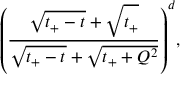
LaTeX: { \left( \frac { \sqrt { t _ { + } - t ^ { \vphantom { 2 } } } + \sqrt { t _ { + } ^ { \vphantom { 2 } } } } { \sqrt { t _ { + } - t ^ { \vphantom { 2 } } } + \sqrt { t _ { + } + Q ^ { 2 } } } \right) } ^ { d } ,